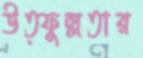
উত্ফুল্লতার